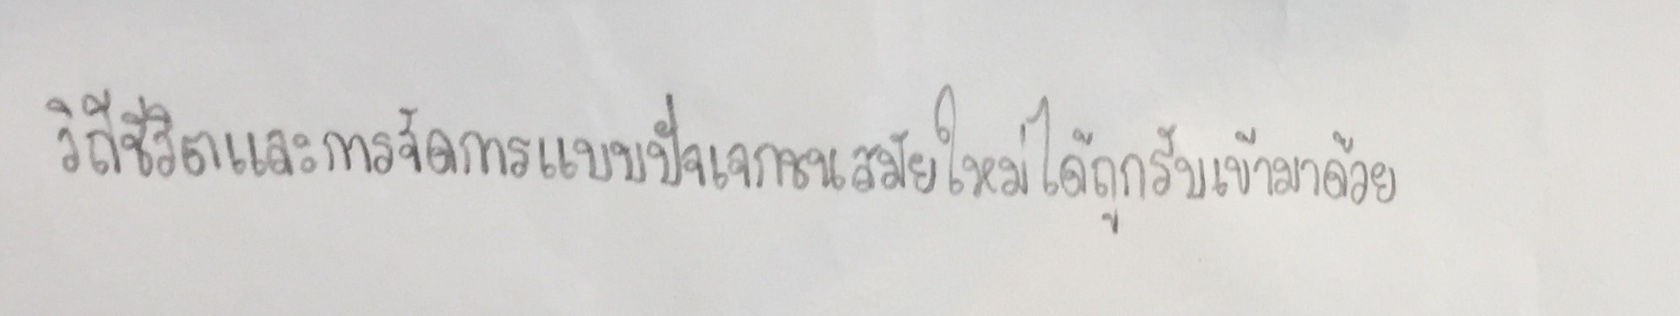
วิถีชีวิตและการจัดการแบบปัจเจกชนสมัยใหม่ได้ถูกรับเข้ามาด้วย